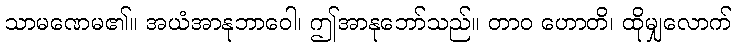
သာမဏေမ၏။ အယံအာနုဘာဝေါ၊ ဤအာနုဘော်သည်။ တာဝ ဟောတိ၊ ထိုမျှလောက်